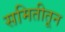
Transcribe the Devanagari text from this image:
समितीतून